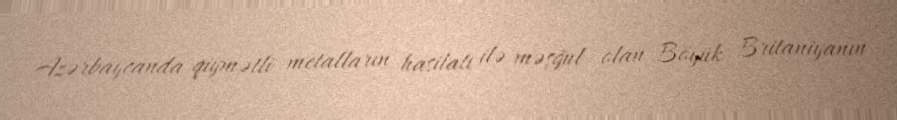
Azərbaycanda qiymətli metalların hasilatı ilə məşğul olan Böyük Britaniyanın